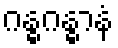
ဂန္ဓဂန္ဓာနံ